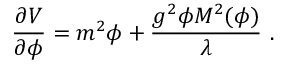
{ \frac { \partial V } { \partial \phi } } = { m ^ { 2 } \phi } + { \frac { g ^ { 2 } \phi M ^ { 2 } ( \phi ) } { \lambda } } \ .